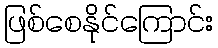
ဖြစ်စေနိုင်ကြောင်း